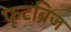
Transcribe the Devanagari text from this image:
फूटब्रिज